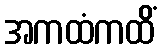
အကထံကထိံ